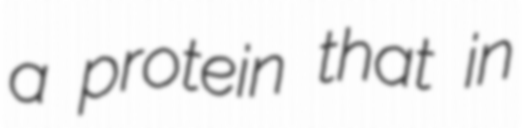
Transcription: a protein that in